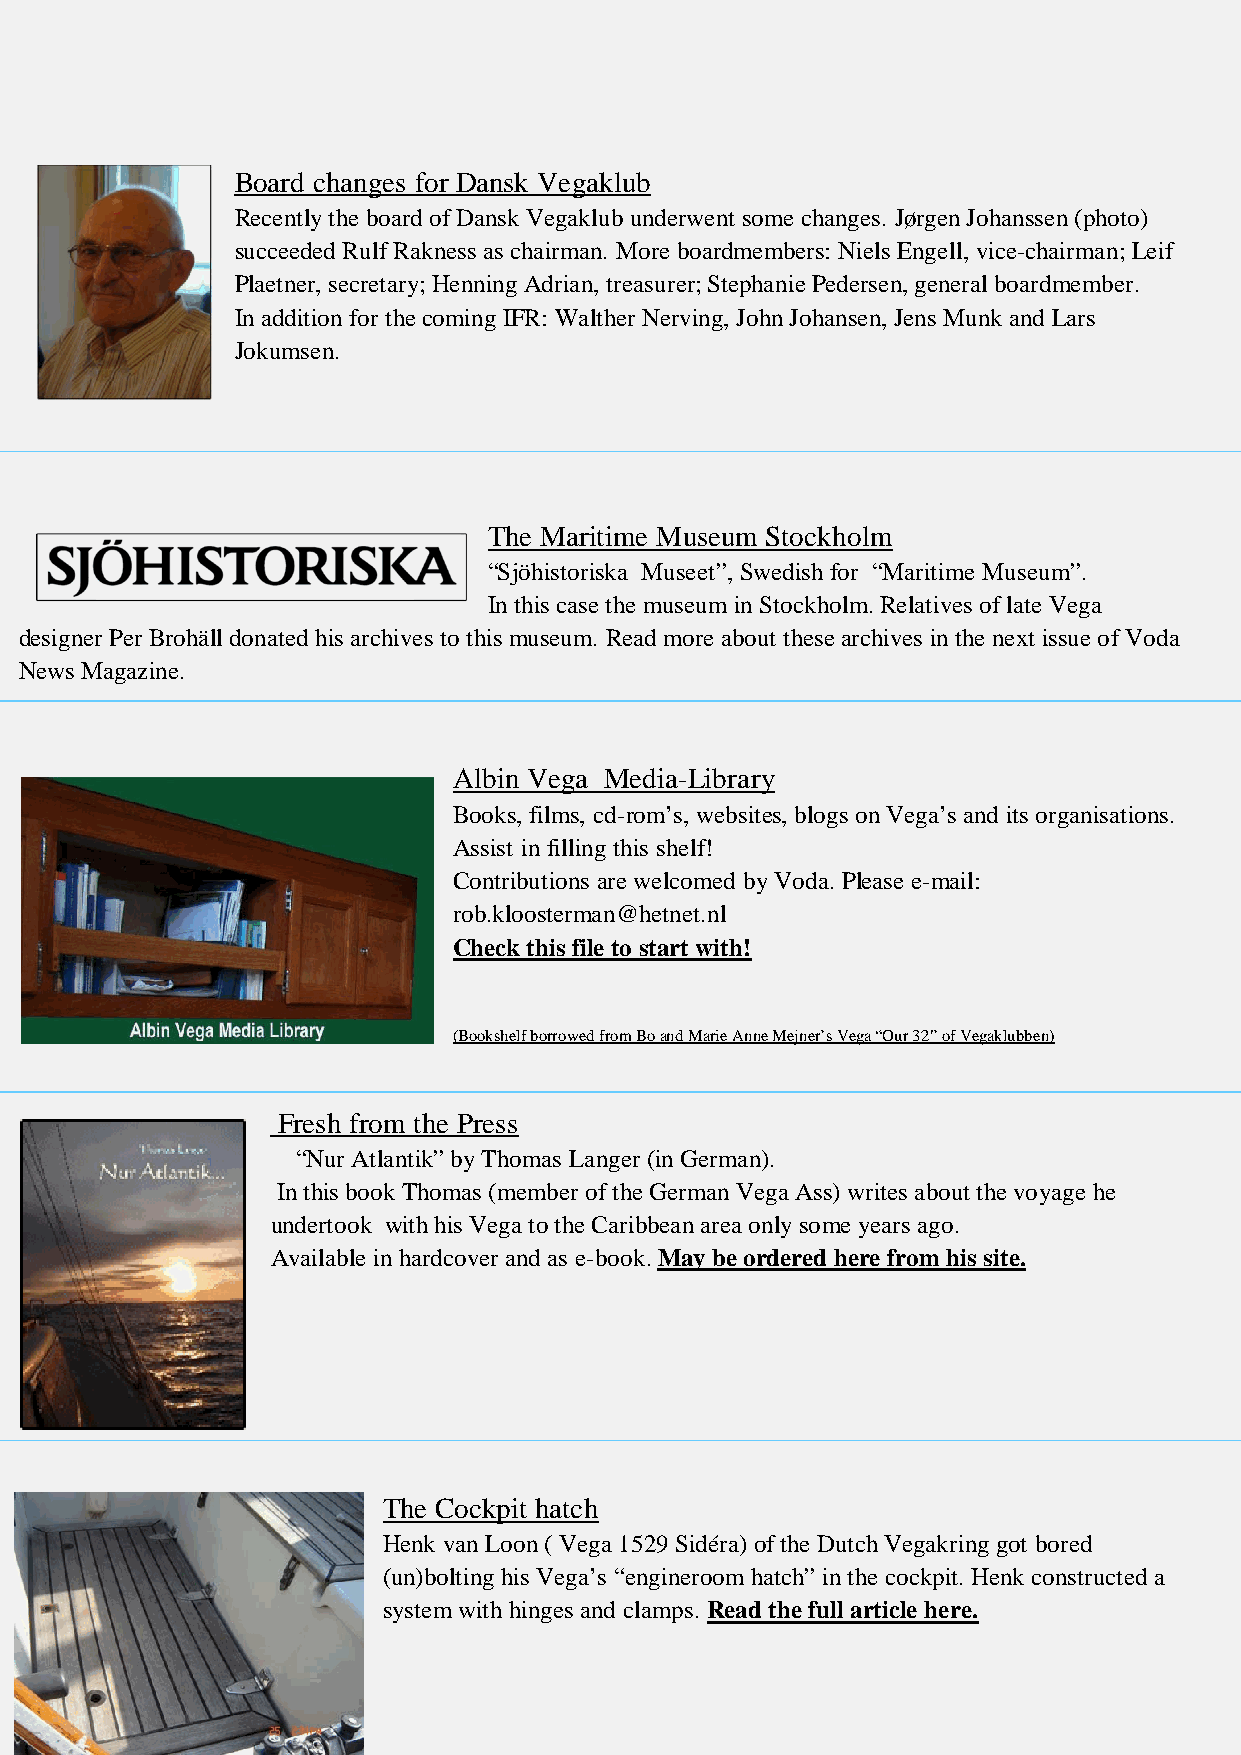
Board changes for Dansk Vegaklub
 Recently the board of Dansk Vegaklub underwent some changes. Jørgen Johanssen (photo)
 succeeded Rulf Rakness as chairman. More boardmembers: Niels Engell, vice-chairman; Leif
 Plaetner, secretary; Henning Adrian, treasurer; Stephanie Pedersen, general boardmember.
 In addition for the coming IFR: Walther Nerving, John Johansen, Jens Munk and Lars
 Jokumsen.
 The Maritime Museum Stockholm
 “Sjöhistoriska Museet”, Swedish for “Maritime Museum”.
 In this case the museum in Stockholm. Relatives of late Vega
 designer Per Brohäll donated his archives to this museum. Read more about these archives in the next issue of Voda
 News Magazine.
 Albin Vega Media-Library
 Books, films, cd-rom’s, websites, blogs on Vega’s and its organisations.
 Assist in filling this shelf!
 Contributions are welcomed by Voda. Please e-mail:
 rob.kloosterman@hetnet.nl
 Check this file to start with!
 (Bookshelf borrowed from Bo and Marie Anne Mejner’s Vega “Our 32” of Vegaklubben)
 Fresh from the Press
 “Nur Atlantik” by Thomas Langer (in German).
 In this book Thomas (member of the German Vega Ass) writes about the voyage he
 undertook with his Vega to the Caribbean area only some years ago.
 Available in hardcover and as e-book. May be ordered here from his site.
 The Cockpit hatch
 Henk van Loon ( Vega 1529 Sidéra) of the Dutch Vegakring got bored
 (un)bolting his Vega’s “engineroom hatch” in the cockpit. Henk constructed a
 system with hinges and clamps. Read the full article here.